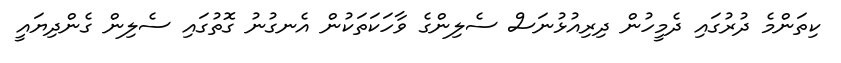
ކިތަންމެ ދުރުގައި ދެމީހުން ދިރިއުޅުނަސް ސެލިންގެ ވާހަކަތަކުން އެނގުނު ގޮތުގައި ސެލިން ގެންދިޔައީ